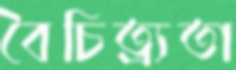
বৈচিত্র্যতা